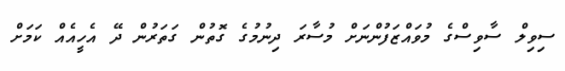
ސިވިލް ސާވިސްގެ މުވައްޒަފުންނަށް މުސާރަ ދިނުމުގެ ގޮތުން ގަތަރުން ދޭ އެހީއެއް ކަމަށް